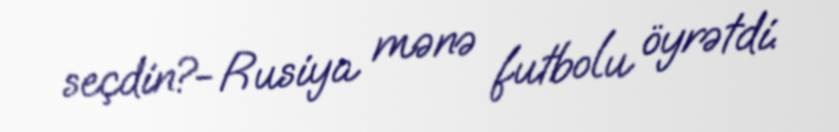
seçdin?- Rusiya mənə futbolu öyrətdi.